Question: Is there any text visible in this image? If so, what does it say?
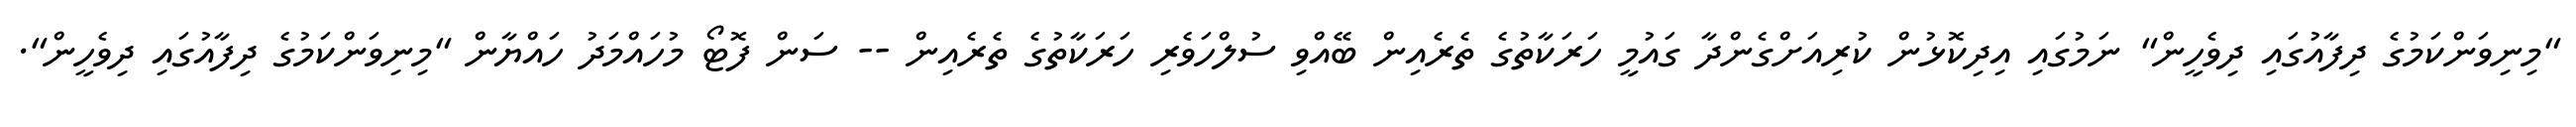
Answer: "މިނިވަންކަމުގެ ދިފާއުގައި ދިވެހީން" ނަމުގައި އިދިކޮޅުން ކުރިއަށްގެންދާ ގައުމީ ހަރަކާތުގެ ތެރެއިން ބޭއްވި ސުލްހަވެރި ހަރަކާތުގެ ތެރެއިން -- ސަން ފޮޓޯ މުހައްމަދު ހައްޔާން "މިނިވަންކަމުގެ ދިފާއުގައި ދިވެހީން".